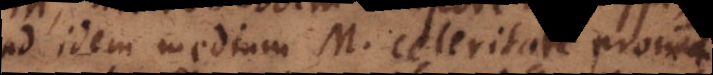
ad idem medium M, celeritate proinde